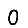
Digit: 0